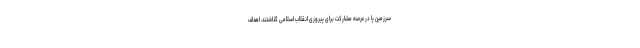
سرزمین پا در عرصه مشارکت برای پیروزی انقلاب اسلامی گذاشتند، اهداف